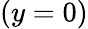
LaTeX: (y=0)